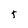
Character: 5